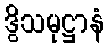
ဒွိသမုဋ္ဌာနံ